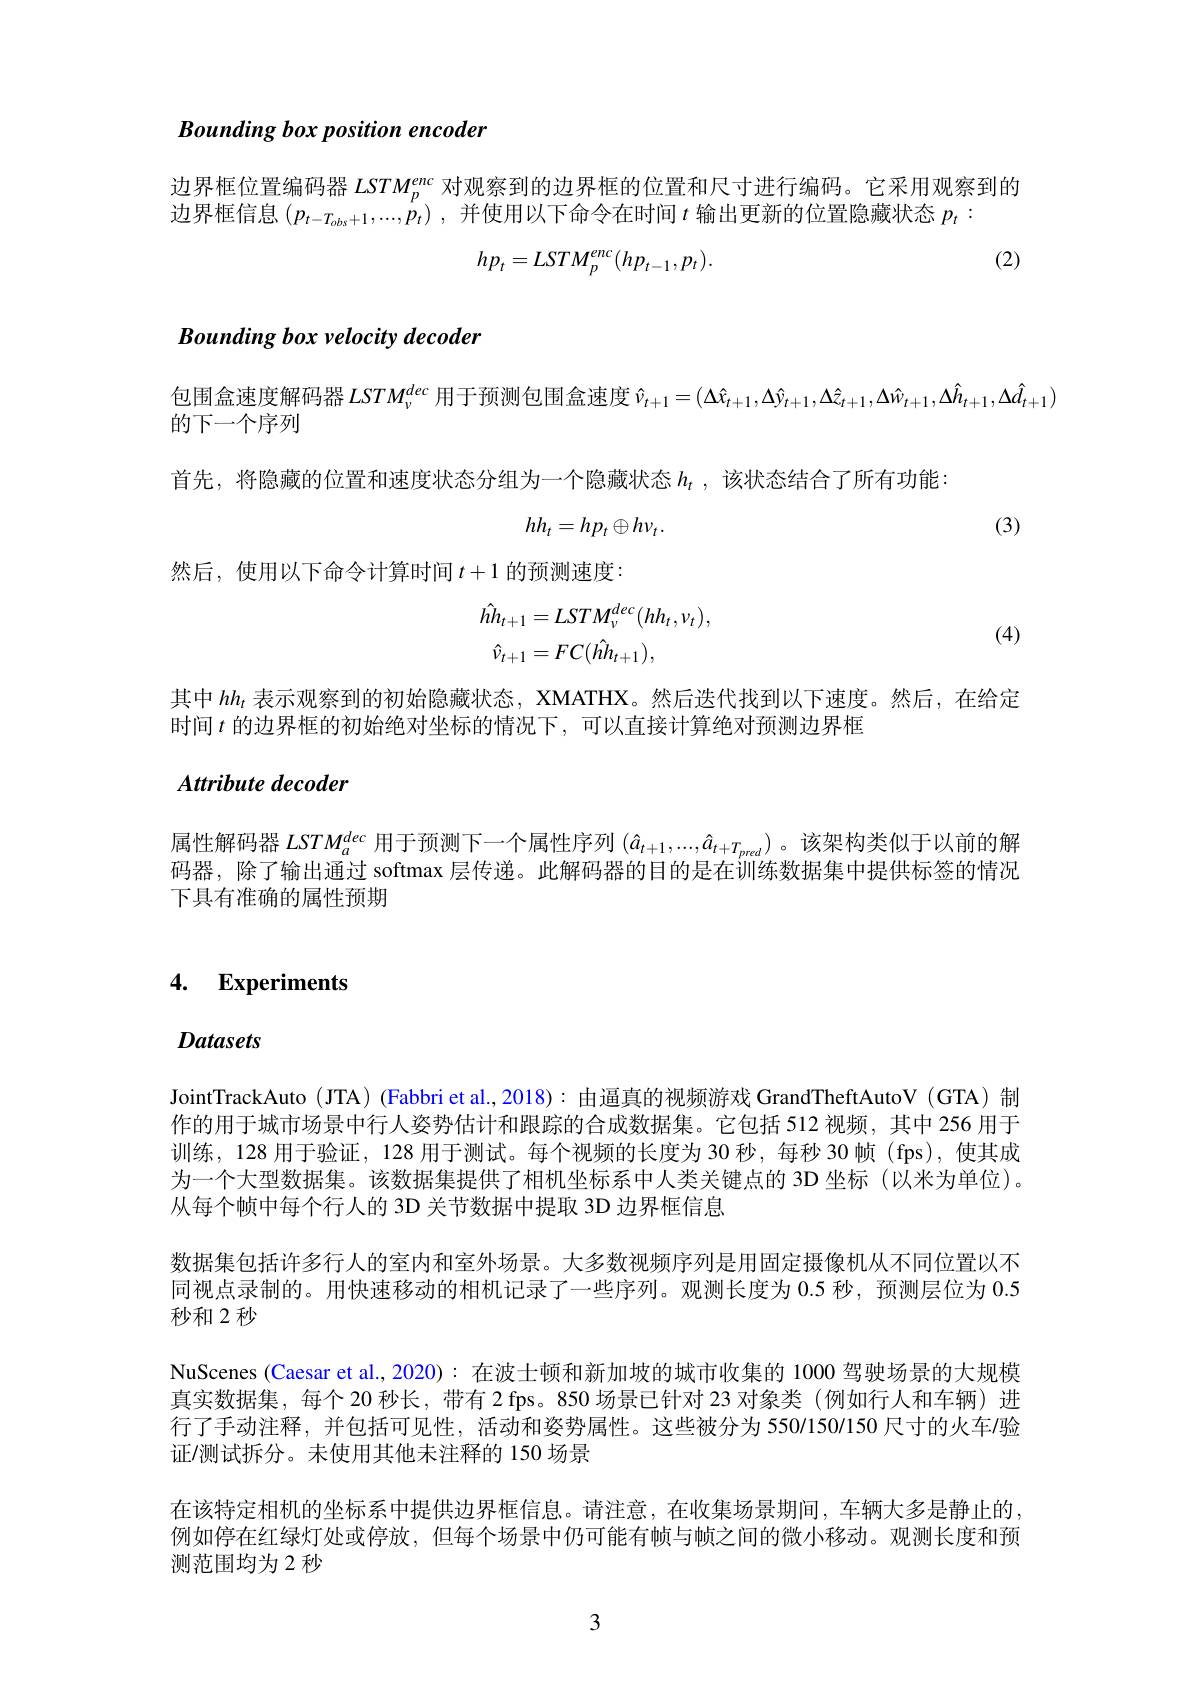
Bounding box position encoder

边界框位置编码器$LSTM_p^{enc}$对观察到的边界框的位置和尺寸进行编码。它采用观察到的
边界框信息$( p_t- T_{obs}+ 1, . . . , p_t)$ ,并使用以下命令在时间$t$输出更新的位置隐藏状态$p_t:$

(2)
$$hp_t=LSTM_p^{enc}(hp_{t-1},p_t).$$
## Bounding box velocity decoder

包围盒速度解码器$LSTM_\nu^{dec}$ 用于预测包围盒速度 $\hat{\nu}_{t+1}=(\Delta\hat{x}_{t+1},\Delta\hat{y}_{t+1},\Delta\hat{z}_{t+1},\Delta\hat{w}_{t+1},\Delta\hat{h}_{t+1},\Delta\hat{d}_{t+1})$
的下一个序列
首先，将隐藏的位置和速度状态分组为一个隐藏状态$h_t$ ,该状态结合了所有功能：
$$hh_t=hp_t\oplus hv_t.$$
(3)
然后，使用以下命令计算时间$t+1$的预测速度：
$$\begin{aligned}\hat{hh}_{t+1}&=LSTM_{\nu}^{dec}(hh_{t},\nu_{t}),\\\hat{\nu}_{t+1}&=FC(\hat{hh}_{t+1}),\end{aligned}$$
(4)

其中$hh_t$表示观察到的初始隐藏状态，XMATHX。然后迭代找到以下速度。然后，在给定
时间$t$的边界框的初始绝对坐标的情况下，可以直接计算绝对预测边界框

Attribute decoder

属性解码器$LSTM_a^{dec}$用于预测下一个属性序列$(\hat{a}_t+1,...,\hat{a}_{t+T_{pred}})$ 。该架构类似于以前的解码器，除了输出通过 softmax 层传递。此解码器的目的是在训练数据集中提供标签的情况下具有准确的属性预期

## 4. Experiments

Datasets

JointTrackAuto (JTA) (Fabbri et al.,2018): 由逼真的视频游戏 GrandTheftAutoV (GTA)制作的用于城市场景中行人姿势估计和跟踪的合成数据集。它包括 512 视频，其中 256 用于训练，128 用于验证，128 用于测试。每个视频的长度为 30 秒，每秒 30 帧 (fps),使其成为一个大型数据集。该数据集提供了相机坐标系中人类关键点的 3D 坐标 (以米为单位)。从每个帧中每个行人的 3D 关节数据中提取 3D 边界框信息
数据集包括许多行人的室内和室外场景。大多数视频序列是用固定摄像机从不同位置以不同视点录制的。用快速移动的相机记录了一些序列。观测长度为 0.5 秒，预测层位为 0.5秒和2秒
NuScenes (Caesar et al.,2020): 在波士顿和新加坡的城市收集的 1000 驾驶场景的大规模真实数据集，每个 20 秒长，带有 2 fps。850 场景已针对 23 对象类 (例如行人和车辆)进行了手动注释，并包括可见性，活动和姿势属性。这些被分为 550/150/150 尺寸的火车/验证/测试拆分。未使用其他未注释的 150 场景
在该特定相机的坐标系中提供边界框信息。请注意，在收集场景期间，车辆大多是静止的， 例如停在红绿灯处或停放，但每个场景中仍可能有帧与帧之间的微小移动。观测长度和预测范围均为2 秒

3